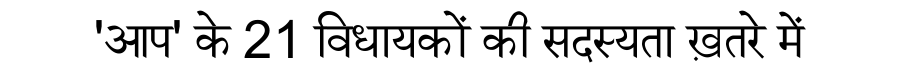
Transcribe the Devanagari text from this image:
'आप' के 21 विधायकों की सदस्यता ख़तरे में